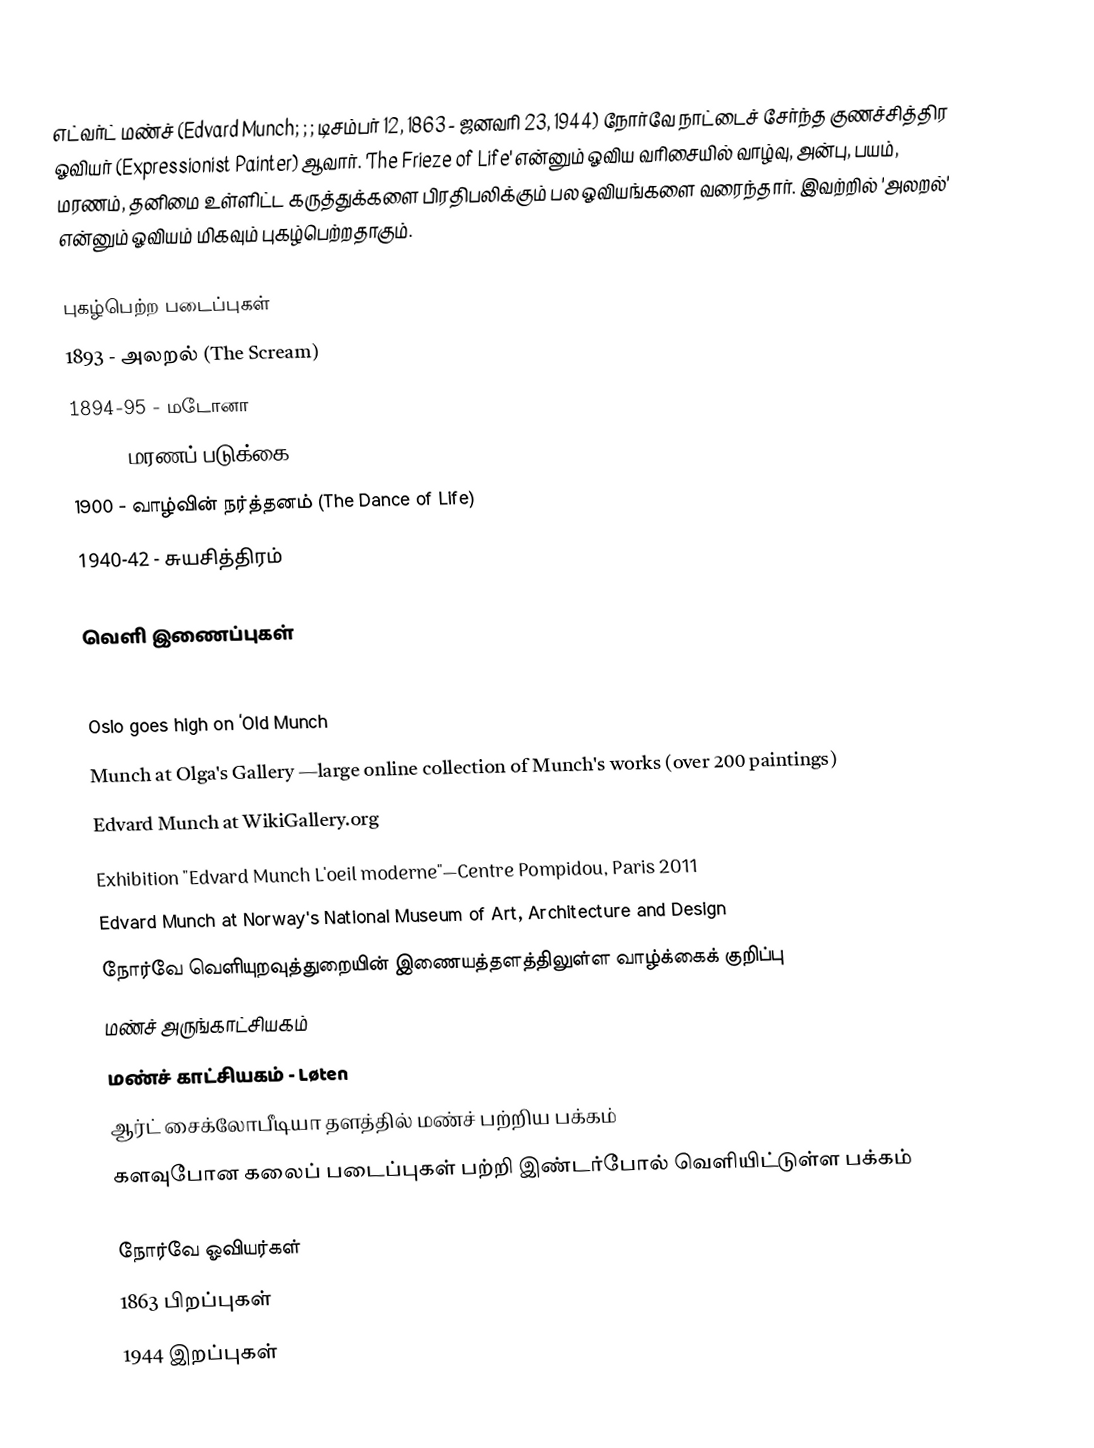
எட்வர்ட் மண்ச் (Edvard Munch; ; ; டிசம்பர் 12, 1863 - ஜனவரி 23, 1944) நோர்வே நாட்டைச் சேர்ந்த குணச்சித்திர ஓவியர் (Expressionist Painter) ஆவார். 'The Frieze of Life' என்னும் ஓவிய வரிசையில் வாழ்வு, அன்பு, பயம், மரணம், தனிமை உள்ளிட்ட கருத்துக்களை பிரதிபலிக்கும் பல ஓவியங்களை வரைந்தார். இவற்றில் 'அலறல்' என்னும் ஓவியம் மிகவும் புகழ்பெற்றதாகும்.

புகழ்பெற்ற படைப்புகள்
 1893 - அலறல் (The Scream)
 1894-95 - மடோனா
 1895 - மரணப் படுக்கை (Death in the Sickroom)
 1900 - வாழ்வின் நர்த்தனம் (The Dance of Life)
 1940-42 - சுயசித்திரம்

வெளி இணைப்புகள்

 Oslo goes high on ‘Old Munch
 Munch at Olga's Gallery —large online collection of Munch's works (over 200 paintings)
 Edvard Munch at WikiGallery.org
 Exhibition "Edvard Munch L'oeil moderne"—Centre Pompidou, Paris 2011
 Edvard Munch at Norway's National Museum of Art, Architecture and Design
 நோர்வே வெளியுறவுத்துறையின் இணையத்தளத்திலுள்ள வாழ்க்கைக் குறிப்பு
 மண்ச் அருங்காட்சியகம்
 மண்ச் காட்சியகம் - Løten
 ஆர்ட் சைக்லோபீடியா தளத்தில் மண்ச் பற்றிய பக்கம்
 களவுபோன கலைப் படைப்புகள் பற்றி இண்டர்போல் வெளியிட்டுள்ள பக்கம்

நோர்வே ஓவியர்கள்
1863 பிறப்புகள்
1944 இறப்புகள்